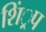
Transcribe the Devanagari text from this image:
शिं्रप